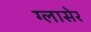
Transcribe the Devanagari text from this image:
ग्लासेर